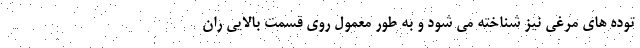
توده های مرغی نیز شناخته می شود و به طور معمول روی قسمت بالایی ران